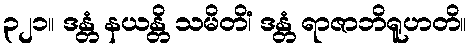
၃၂၁။ ဒန္တံ နယန္တိ သမိတိံ၊ ဒန္တံ ရာဇာဘိရူဟတိ။